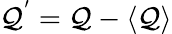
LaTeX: \mathcal{Q}^{'}=\mathcal{Q}-\langle\mathcal{Q}\rangle